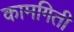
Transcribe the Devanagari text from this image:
कामगिती